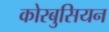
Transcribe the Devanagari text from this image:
कोरबुसियन